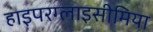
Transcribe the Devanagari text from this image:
हाइपरग्लाइसीमिया